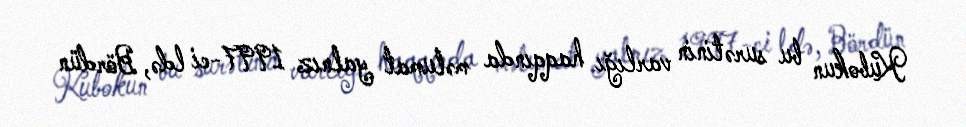
Kubokun bu surətinin varlığı haqqında məlumat yalnız 1997-ci ldə, Bördün